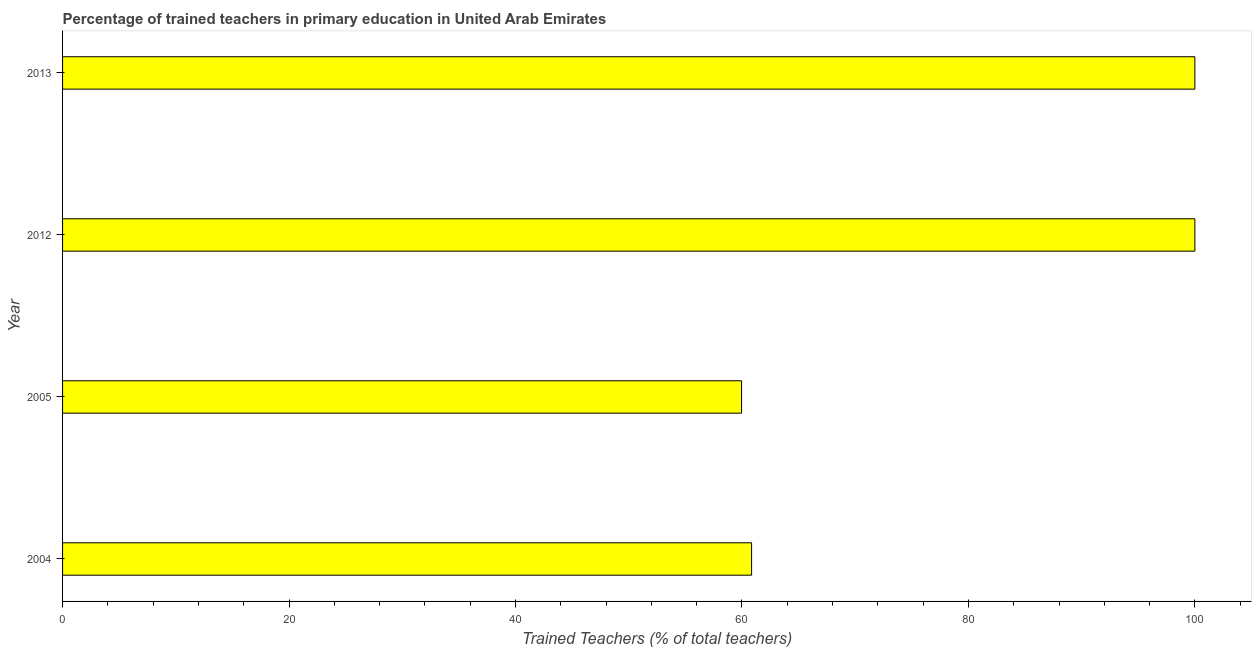
| Year | Trained teacher |
 | --- | --- |
 | 2004 | 60.9 |
 | 2005 | 60 |
 | 2012 | 100 |
 | 2013 | 100 |